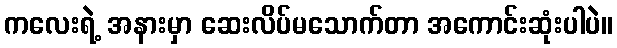
ကလေးရဲ့ အနားမှာ ဆေးလိပ်မသောက်တာ အကောင်းဆုံးပါပဲ။